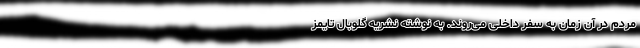
مردم در آن زمان به سفر داخلی می‌روند. به نوشته نشریه گلوبال تایمز